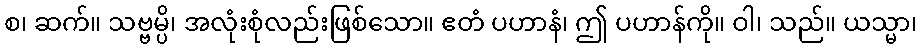
စ၊ ဆက်။ သဗ္ဗမ္ပိ၊ အလုံးစုံလည်းဖြစ်သော။ ဧတံ ပဟာနံ၊ ဤ ပဟာန်ကို။ ဝါ၊ သည်။ ယသ္မာ၊